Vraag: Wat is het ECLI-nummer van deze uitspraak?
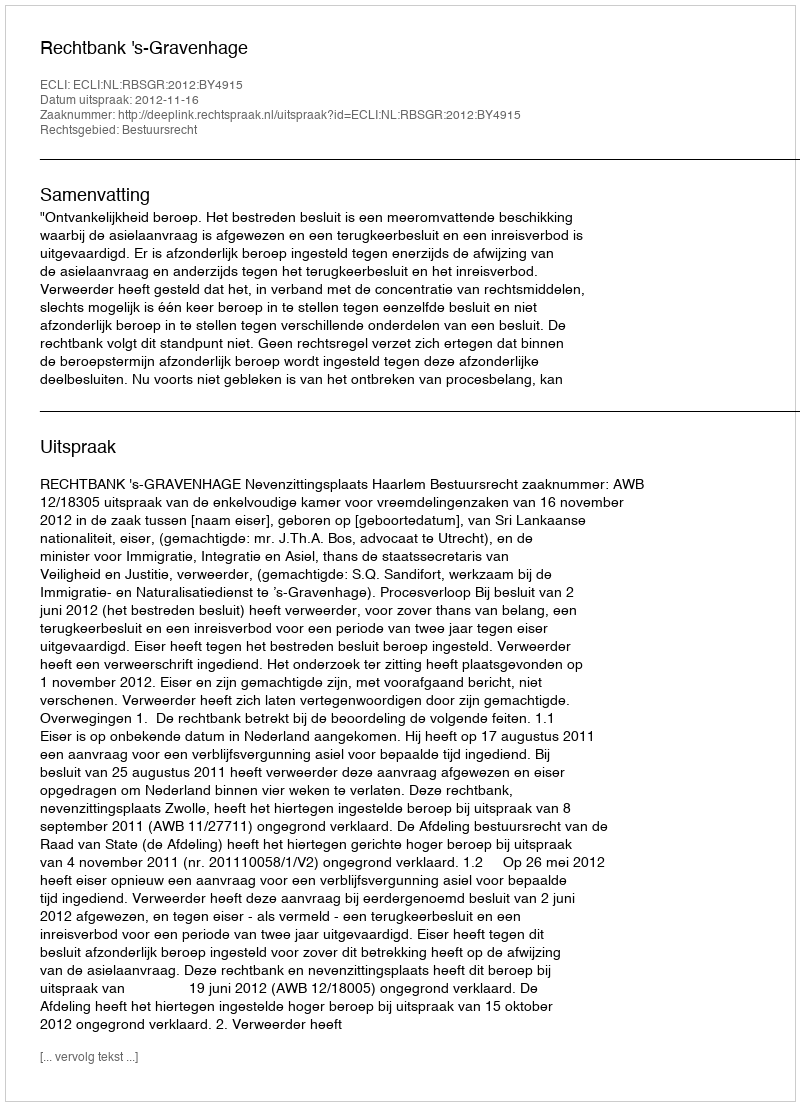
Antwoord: ECLI:NL:RBSGR:2012:BY4915